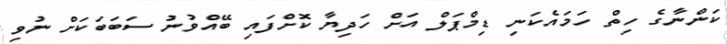
ކަންނާގެ ހިތް ހަމައެކަނި ޑިމްޕަލް އަށް ހަދިޔާ ކޮށްފައި ބޭއްވުނު ސަބަބަކަށް ނުވި